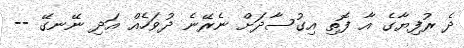
ދެ ރުފިޔާގެ އާ ފޮތި އިގުސާދަށް ނެރޭނެ ދުވަހެއް އަދި ނޭނގޭ --